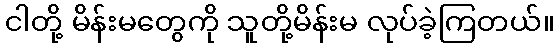
ငါတို့ မိန်းမတွေကို သူတို့မိန်းမ လုပ်ခဲ့ကြတယ်။